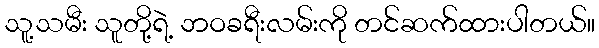
သူ့သမီး သူတို့ရဲ့ ဘဝခရီးလမ်းကို တင်ဆက်ထားပါတယ်။